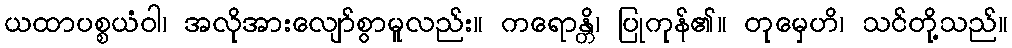
ယထာပစ္စယံဝါ၊ အလိုအားလျော်စွာမူလည်း။ ကရောန္တိ၊ ပြုကုန်၏။ တုမှေဟိ၊ သင်တို့သည်။